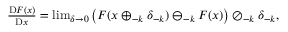
\begin{array} { r } { \frac { \mathrm { D } F ( x ) } { \mathrm { D } x } = \operatorname* { l i m } _ { \delta \to 0 } \big ( F ( x \oplus _ { - k } \delta _ { - k } ) \ominus _ { - k } F ( x ) \big ) \oslash _ { - k } \delta _ { - k } , } \end{array}